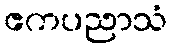
ဧကပညာသံ